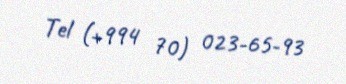
Tel (+994 70) 023-65-93